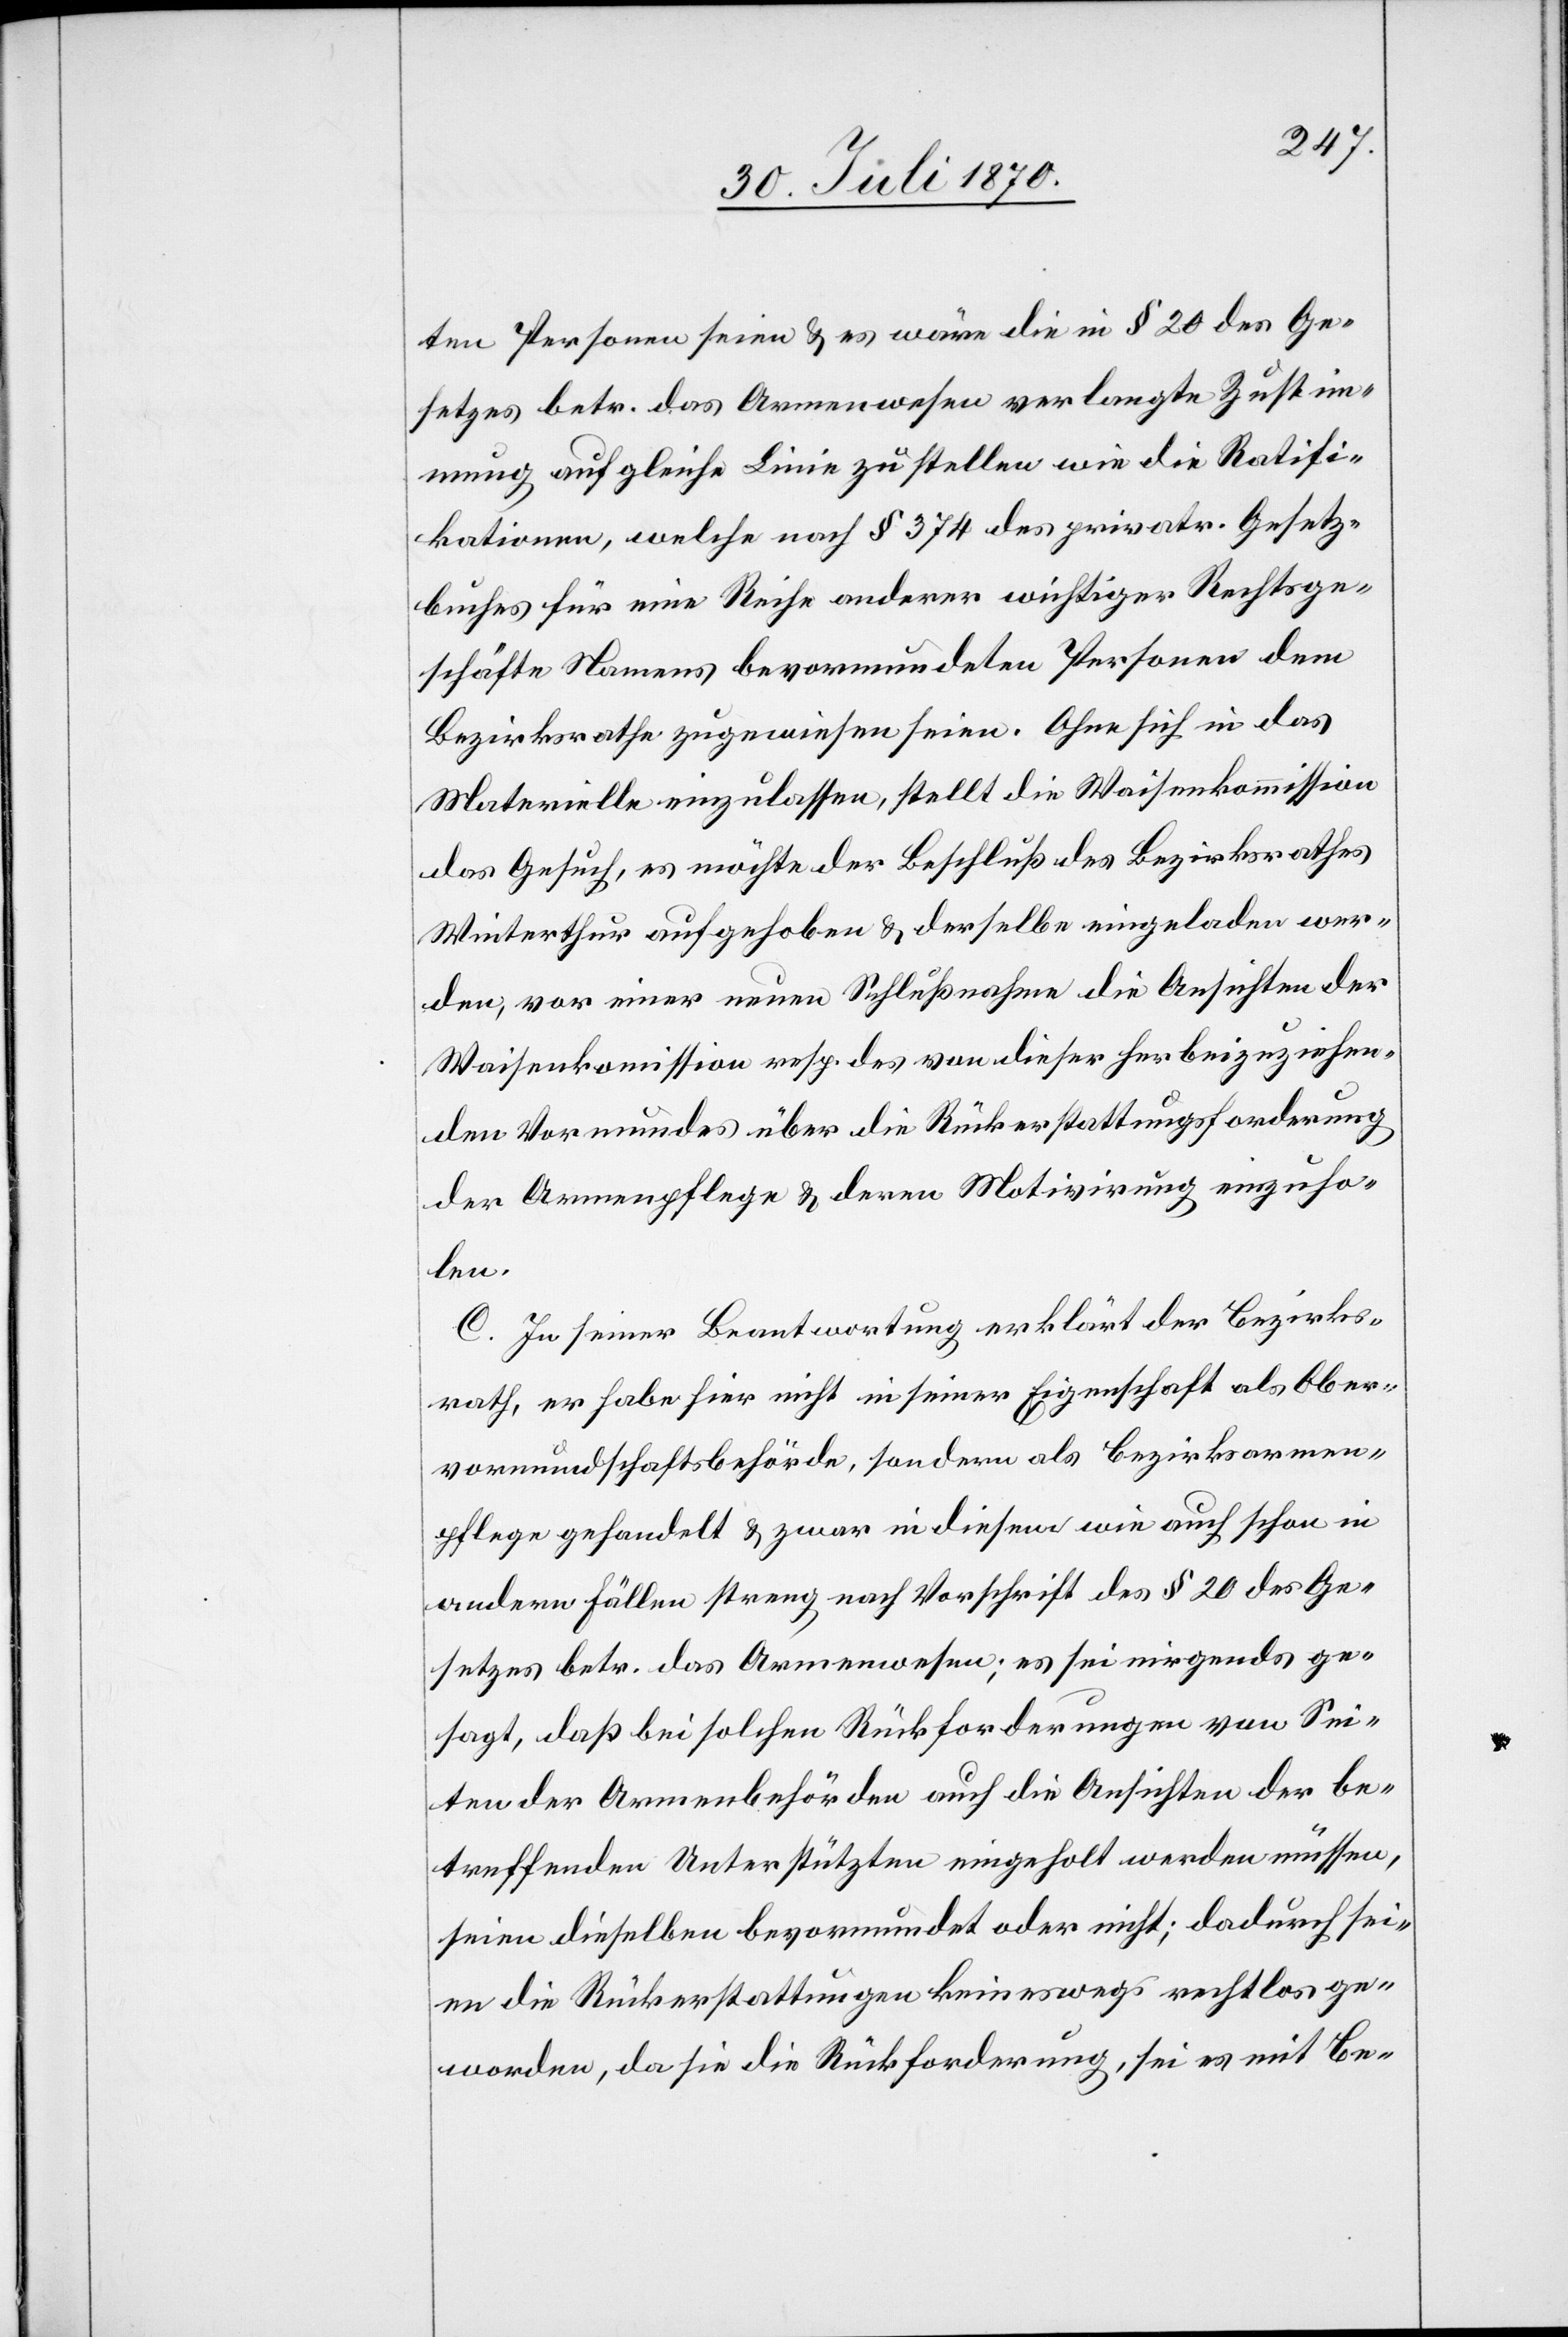
ten Personen seien & es wäre die in § 20 des Ge¬
setzes betr. das Armenwesen verlangte Zustim¬
mung auf gleiche Linie zu stellen wie die Ratifi¬
kationen, welche nach § 374 des privatr. Gesetz¬
buches für eine Riehe anderer wichtiger Rechtsge¬
schäfte namens bevormundeten Personen dem
Bezirksrathe zugewiesen seien. Ohne sich in das
Materielle einzulassen, stellt die Waisenkommission
das Gesuch, es möchte der Beschluß des Bezirksrathes
Winterthur aufgehoben & derselbe eingeladen wer¬
den, vor einer neuen Schlußnahme die Ansichten der
Waisenkommission resp. des von dieser herbeizuziehen¬
den Vormundes über die Rückerstattungsforderung
der Armenpflege & deren Motivirung einzuho¬
len.
C. In seiner Beantwortung erklärt der Bezirks¬
rath, er habe hier nicht in seiner Eigenschaft als Ober¬
vormundschaftsbehörde, sondern als Bezirksarmen¬
pflege gehandelt & zwar in diesem wie auch schon in
andern Fällen streng nach Vorschrift des § 20 des Ge¬
setzes betr. das Armenwesen; es sei nirgends ge¬
sagt, daß bei solchen Rückforderungen von Sei¬
ten der Armenbehörden auch die Ansichten der be¬
treffenden Unterstützten eingeholt werden müssen,
seien dieselben bevormundet oder nicht; dadurch sei¬
en die Rückerstattungen keineswegs rechtlos ge¬
worden, da sie die Rückforderung, sei es mit Be-